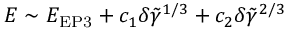
E \sim E _ { \mathrm { E P 3 } } + c _ { 1 } \delta \tilde { \gamma } ^ { 1 / 3 } + c _ { 2 } \delta \tilde { \gamma } ^ { 2 / 3 }